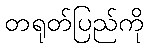
တရုတ်ပြည်ကို